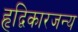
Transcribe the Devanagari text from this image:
हृद्विकारजन्य